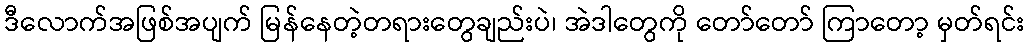
ဒီလောက်အဖြစ်အပျက် မြန်နေတဲ့တရားတွေချည်းပဲ၊ အဲဒါတွေကို တော်တော် ကြာတော့ မှတ်ရင်း